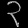
Digit: ၃